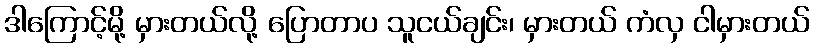
ဒါကြောင့်မို့ မှားတယ်လို့ ပြောတာပ သူငယ်ချင်း၊ မှားတယ် ကံလှ ငါမှားတယ်